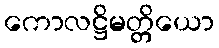
ကောလဋ္ဌိမတ္တိယော